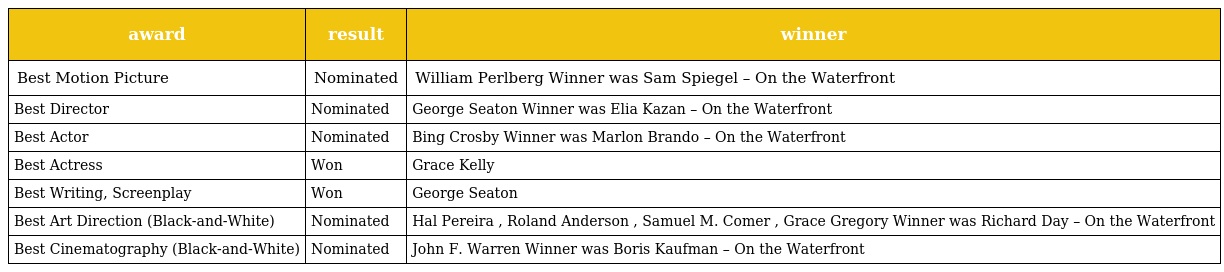
| award | result | winner |
 | --- | --- | --- |
 | Best Motion Picture | Nominated | William Perlberg Winner was Sam Spiegel – On the Waterfront |
 | Best Director | Nominated | George Seaton Winner was Elia Kazan – On the Waterfront |
 | Best Actor | Nominated | Bing Crosby Winner was Marlon Brando – On the Waterfront |
 | Best Actress | Won | Grace Kelly |
 | Best Writing, Screenplay | Won | George Seaton |
 | Best Art Direction (Black-and-White) | Nominated | Hal Pereira , Roland Anderson , Samuel M. Comer , Grace Gregory Winner was Richard Day – On the Waterfront |
 | Best Cinematography (Black-and-White) | Nominated | John F. Warren Winner was Boris Kaufman – On the Waterfront |